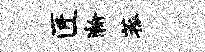
匠瀚菰